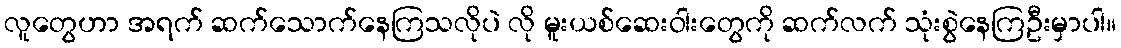
လူတွေဟာ အရက် ဆက်သောက်နေကြသလိုပဲ လို မူးယစ်ဆေးဝါးတွေကို ဆက်လက် သုံးစွဲနေကြဦးမှာပါ။